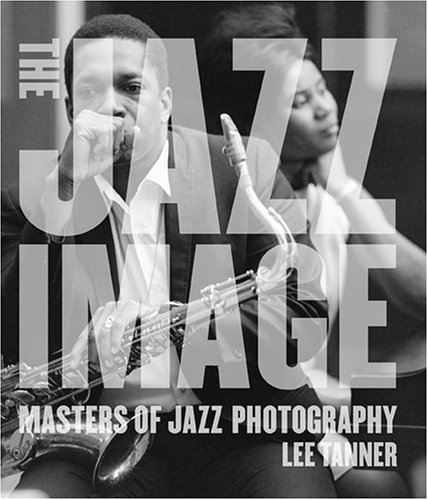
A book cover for The Jazz Image: Masters of Jazz Photography; Lee Tanner; Humor & Entertainment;